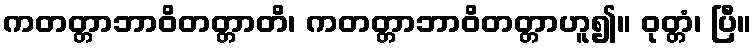
ကတတ္တာဘာဝိတတ္တာတိ၊ ကတတ္တာဘာဝိတတ္တာဟူ၍။ ဝုတ္တံ၊ ပြီ။